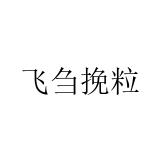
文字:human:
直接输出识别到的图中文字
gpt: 飞刍挽粒